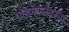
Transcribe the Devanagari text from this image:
परिणामस्वरूप